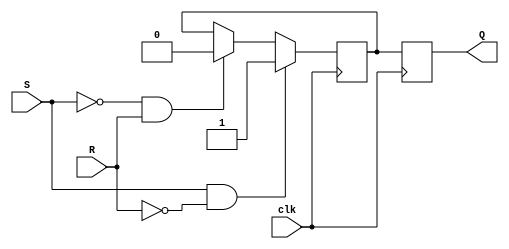
module sr_flip_flop (
    input wire clk,
    input wire S,
    input wire R,
    output reg Q
);

reg master_latch_Q, slave_latch_Q;

always @ (posedge clk) begin
    if (S == 1'b1 && R == 1'b0) begin
        master_latch_Q <= 1'b1;
    end else if (S == 1'b0 && R == 1'b1) begin
        master_latch_Q <= 1'b0;
    end else begin
        master_latch_Q <= master_latch_Q;
    end
end

always @ (posedge clk) begin
    slave_latch_Q <= master_latch_Q;
end

assign Q = slave_latch_Q;

endmodule